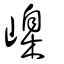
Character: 嵲